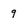
Character: 9